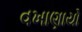
વખાણાયો